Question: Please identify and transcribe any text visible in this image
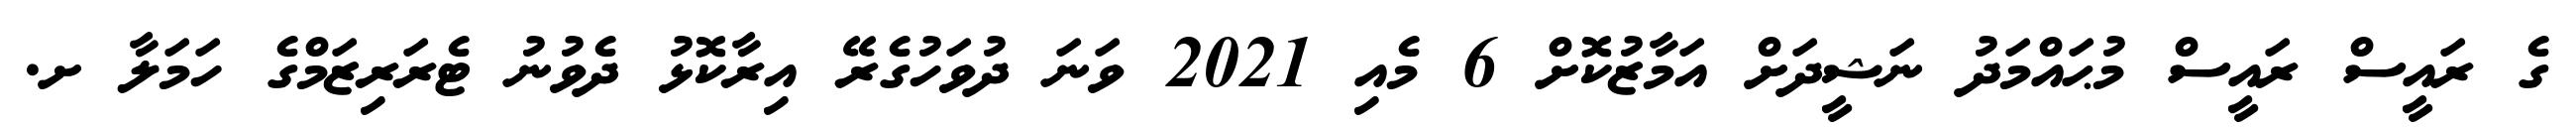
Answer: ގެ ރައީސް ރައީސް މުޙައްމަދު ނަޝީދަށް އަމާޒުކޮށް 6 މެއި 2021 ވަނަ ދުވަހުގެރޭ އިރާކޮޅު ދެވުނު ޓެރަރިޒަމްގެ ހަމަލާ ށ.